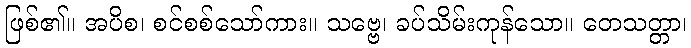
ဖြစ်၏။ အပိစ၊ စင်စစ်သော်ကား။ သဗ္ဗေ၊ ခပ်သိမ်းကုန်သော။ တေသတ္တာ၊